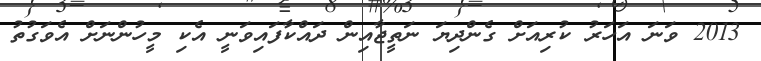
2013 ވަނަ އަހަރު ކުރިއަށް ގެންދިޔަ ނަތީޖާއިން ދައްކާފައިވަނީ އެކި މީހުންނަށް އެވަގުތު